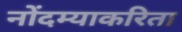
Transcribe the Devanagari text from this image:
नोंदम्याकरिता